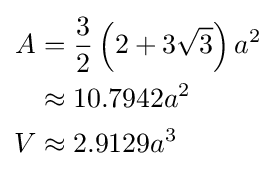
{\begin{aligned}A&={\frac {3}{2}}\left(2+3{\sqrt {3}}\right)a^{2}\\&\approx 10.7942a^{2}\\V&\approx 2.9129a^{3}\end{aligned}}